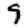
Digit: 9